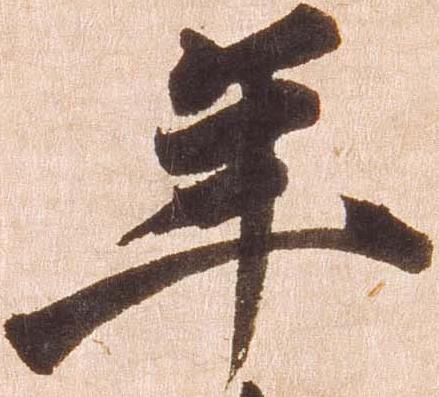
年